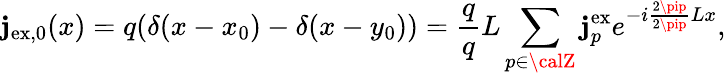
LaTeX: \mathbf{j}_{\mathrm{{ex,0}}}(x)=q(\delta(x-x_{0})-\delta(x-y_{0}))=\frac{{q}}{{q}}{L}\sum_{p\in\calZ}\mathbf{j}_{p}^{\mathrm{{ex}}}e^{-i\frac{{2\pip}}{{2\pip}}{L}x},